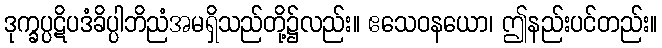
ဒုက္ခပ္ပဋိပဒံခိပ္ပါဘိညံအမရှိသည်တို့၌လည်း။ ဧသေဝနယော၊ ဤနည်းပင်တည်း။